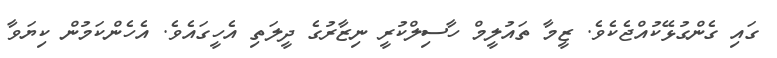
ގައި ގެންގުޅޭކުއްޖެކެވެ. ޒީމާ ތައުލީމް ހާސިލްކުރީ ނިޒާރުގެ ދީލަތި އެހީގައެވެ. އެހެންކަމުން ކިޔަވާ